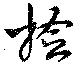
撿